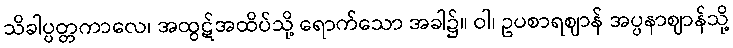
သိခါပ္ပတ္တကာလေ၊ အထွဋ်အထိပ်သို့ ရောက်သော အခါ၌။ ဝါ၊ ဥပစာရဈာန် အပ္ပနာဈာန်သို့